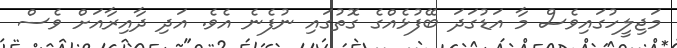
މަޖިލީހުގައިވެސް މާ އަޑުގަދަ ބޭފުޅެއްގެ ގޮތުގައި ނުފެނެ އެވެ. އަދި ދާއިރާއަށް ވެސް